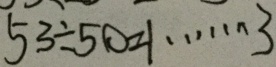
5 3 \div 5 0 = 1 \cdots 3